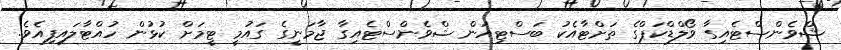
ޝްވެންސްޓެއިގާ ވޯލްޑްކަޕްގެ ތަށްޓާއެކު ބަސްޓިއަން ޝްވެންސްޓެއިގާ ޖާމަނީގެ ގައުމީ ޓީމަށް ކުޅުން ހުއްޓާލައިފިއެވެ.